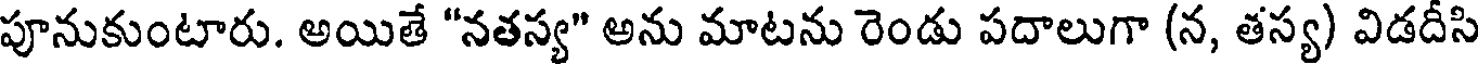
పూనుకుంటారు. అయితే "నతస్య" అను మాటను రెండు పదాలుగా (న, తస్య) విడదీసి